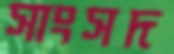
সাংসদ